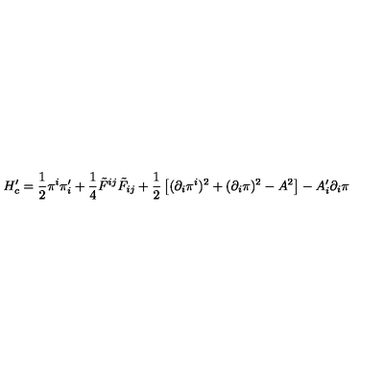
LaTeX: H _ { c } ^ { \prime } = \frac { 1 } { 2 } \pi ^ { i } \pi _ { i } ^ { \prime } + \frac { 1 } { 4 } \tilde { F } ^ { i j } \tilde { F } _ { i j } + \frac { 1 } { 2 } \left[ ( \partial _ { i } \pi ^ { i } ) ^ { 2 } + ( \partial _ { i } \pi ) ^ { 2 } - A ^ { 2 } \right] - A _ { i } ^ { \prime } \partial _ { i } \pi